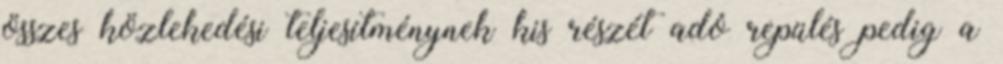
összes közlekedési teljesítménynek kis részét adó repülés pedig a